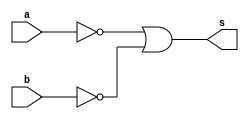
// ---------------------
// Guia 02_05 - Porta NAND usnando portas NOR
// Nome: Alyson Deives
// ---------------------

// ---------------------
// -- nand gate
// ---------------------

module nandgate (s, a, b);
 output s;
 input  a, b;
 wire temp1, temp2,temp3;

 assign temp1 = ~(a | a);
 assign temp2 = ~(b | b);
 assign temp3 = ~(temp1 | temp2);
 assign s = ~(temp3 | temp3);

endmodule // nandgate

// ---------------------
// -- test nand gate
// ---------------------

module testnandgate;
 reg   a,b;
 wire  s;
          
			 // instancia
 nandgate NAND1 (s,a,b);
 
 initial begin:start
      a=0; b=0;
 end
          // parte principal
 initial begin:main
      $display("Guia 02_05 - Alyson Deives - 416589");
      $display("PORTA NAND (USANDO PORTAS NOR)");
		$display("\nA ^ B = S\n");
      $monitor("%b ^ %b = %b", a, b, s);
  #1  a=0; b=1;
  #1  a=1; b=0;
  #1  a=1; b=1;
  end

endmodule // testnandgate